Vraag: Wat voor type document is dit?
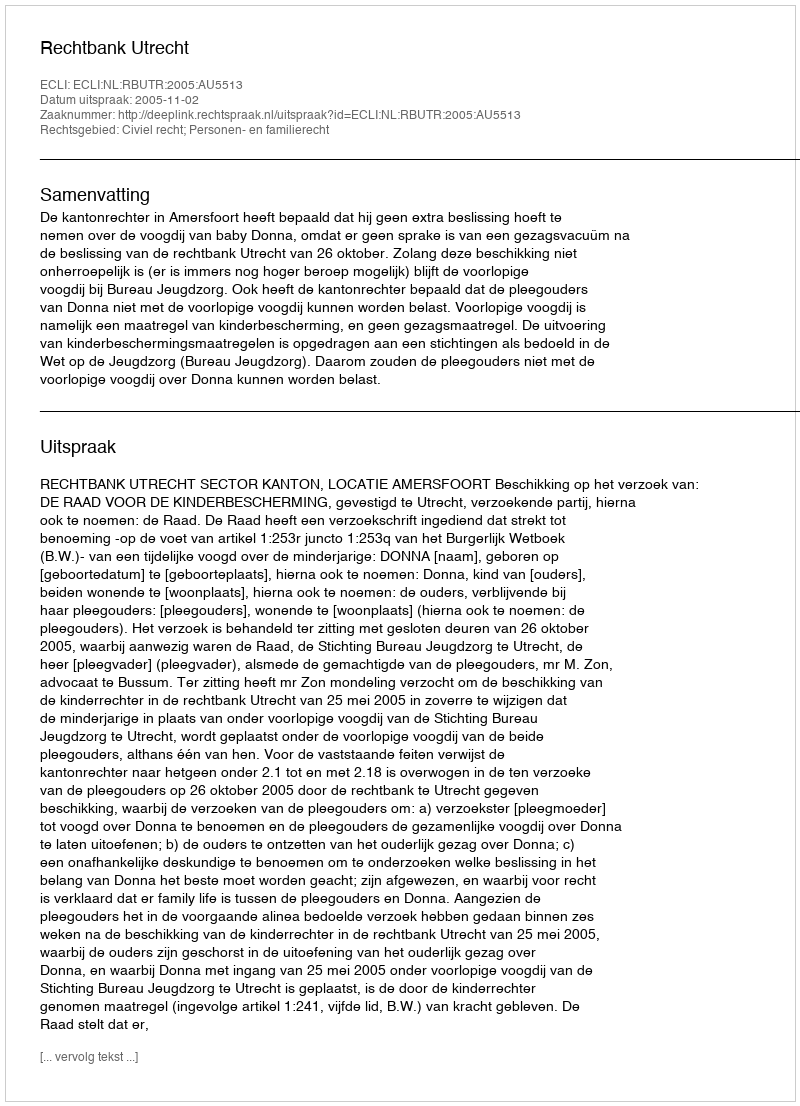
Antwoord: Uitspraak